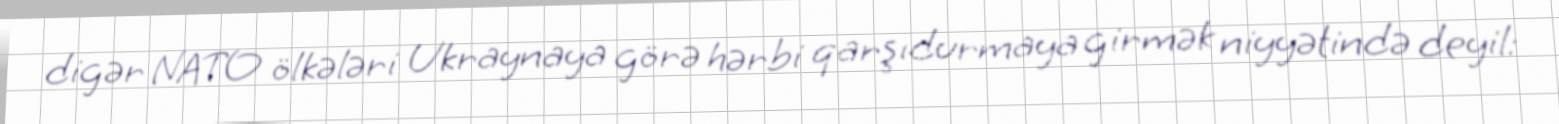
digər NATO ölkələri Ukraynaya görə hərbi qarşıdurmaya girmək niyyətində deyil: